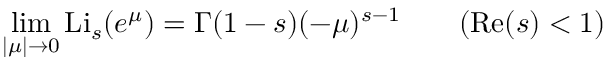
\operatorname* { l i m } _ { | \mu | \to 0 } \operatorname { L i } _ { s } ( e ^ { \mu } ) = \Gamma ( 1 - s ) ( - \mu ) ^ { s - 1 } \qquad ( \operatorname { R e } ( s ) < 1 )